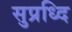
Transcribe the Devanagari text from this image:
सुप्रध्दि